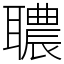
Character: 𦗳